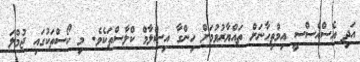
އަދި އެސްއެސްސީ އިމްތިހާނަށް ތައްޔާރުވުމަށް ހިންގާ އިސްލާމް ކްލާސްތަކެވެ. މި ކޯސްތަކުގައި ޖުމްލަ